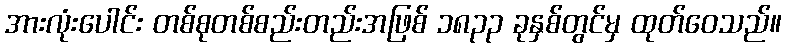
အားလုံးပေါင်း တစ်စုတစ်စည်းတည်းအဖြစ် ၁၈၃၃ ခုနှစ်တွင်မှ ထုတ်ဝေသည်။